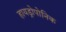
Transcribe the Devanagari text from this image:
हायड्रोपोनिक